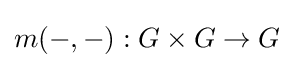
m(-,-):G\times G\to G